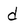
Character: d